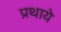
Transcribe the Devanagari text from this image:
प्रथाये